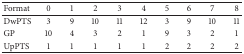
<table><thead><tr><td><b>Format</b></td><td><b>0</b></td><td><b>1</b></td><td><b>2</b></td><td><b>3</b></td><td><b>4</b></td><td><b>5</b></td><td><b>6</b></td><td><b>7</b></td><td><b>8</b></td></tr></thead><tbody><tr><td>DwPTS</td><td>3</td><td>9</td><td>10</td><td>11</td><td>12</td><td>3</td><td>9</td><td>10</td><td>11</td></tr><tr><td>GP</td><td>10</td><td>4</td><td>3</td><td>2</td><td>1</td><td>9</td><td>3</td><td>2</td><td>1</td></tr><tr><td>UpPTS</td><td>1</td><td>1</td><td>1</td><td>1</td><td>1</td><td>2</td><td>2</td><td>2</td><td>2</td></tr></tbody></table>